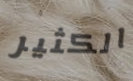
الكثير